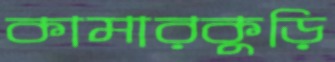
কামারকুড়ি